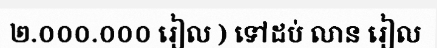
២.០០០.០០០ រៀល ) ទៅដប់ លាន រៀល